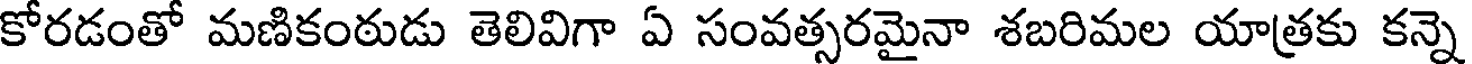
కోరడంతో మణికంఠుడు తెలివిగా ఏ సంవత్సరమైనా శబరిమల యాత్రకు కన్నె